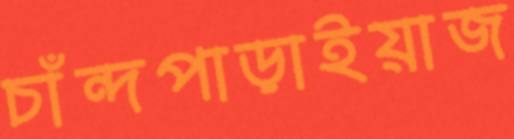
চাঁন্দপাড়াইয়াজ